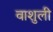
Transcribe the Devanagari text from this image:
वाशुली